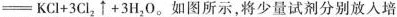
\xlongequal \mathrm { K C l } + 3 \mathrm { C l } _ { 2 } \uparrow + 3